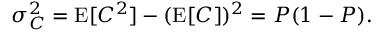
\begin{array} { r } { \sigma _ { C } ^ { 2 } = \operatorname { E } [ C ^ { 2 } ] - ( \operatorname { E } [ C ] ) ^ { 2 } = P ( 1 - P ) . } \end{array}